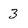
Character: 3